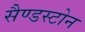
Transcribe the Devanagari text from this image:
सैण्डस्टोन